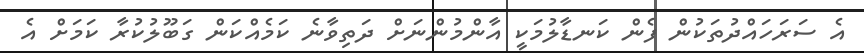
އެ ސަރަހައްދުތަކުން ފެން ކަނޑާލުމަކީ އާންމުންނަށް ދަތިވާނެ ކަމެއްކަން ގަބޫލުކުރާ ކަމަށް އެ